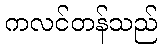
ကလင်တန်သည်